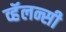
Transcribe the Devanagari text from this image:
व्हॅलन्सी